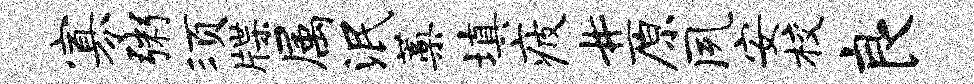
寡粥须牒属泯蒿填疲#原夙安校良